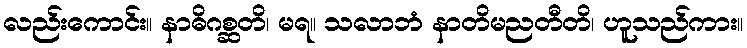
လည်းကောင်း။ နာဓိဂစ္ဆတိ၊ မရ။ သလာဘံ နာတိမညတီတိ၊ ဟူသည်ကား။